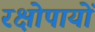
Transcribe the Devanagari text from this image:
रक्षोपायों